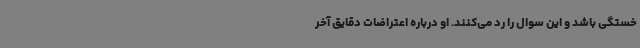
خستگی باشد و این سوال را رد می‌کنند. او درباره اعتراضات دقایق آخر